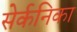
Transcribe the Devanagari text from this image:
सेर्कनिका